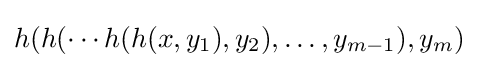
h(h(\cdots h(h(x,y_{1}),y_{2}),\dots ,y_{m-1}),y_{m})